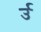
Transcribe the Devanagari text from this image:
र्उ